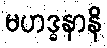
မဟဒ္ဓနာနိ